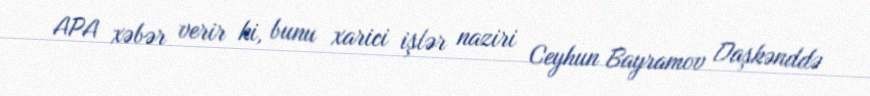
APA xəbər verir ki, bunu xarici işlər naziri Ceyhun Bayramov Daşkənddə